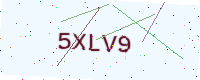
Text: 5XLV9